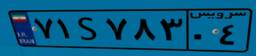
۴۸S۸۰۰۱۷